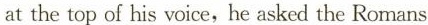
at the top of his voice, he asked the Romans